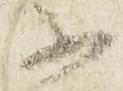
不